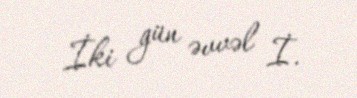
İki gün əvvəl İ.